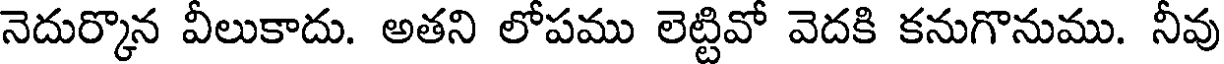
నెదుర్కొన వీలుకాదు. అతని లోపము లెట్టివో వెదకి కనుగొనుము. నీవు